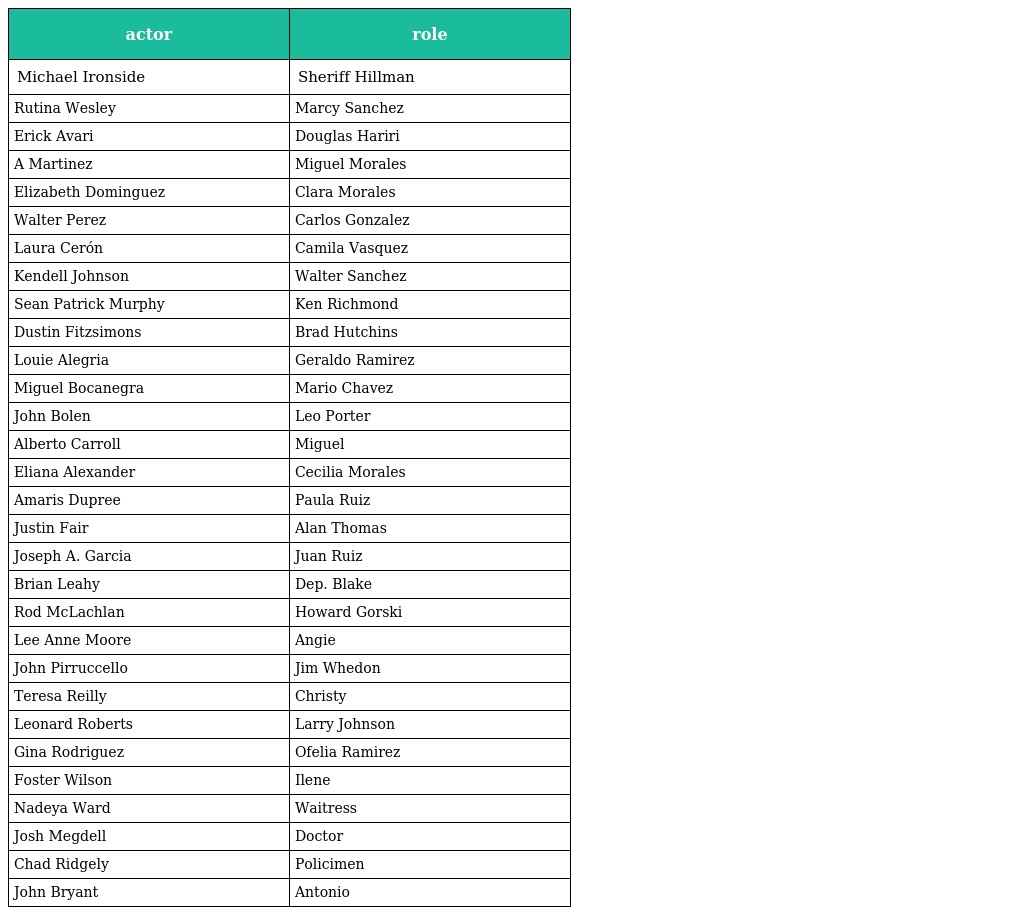
| actor | role |
 | --- | --- |
 | Michael Ironside | Sheriff Hillman |
 | Rutina Wesley | Marcy Sanchez |
 | Erick Avari | Douglas Hariri |
 | A Martinez | Miguel Morales |
 | Elizabeth Dominguez | Clara Morales |
 | Walter Perez | Carlos Gonzalez |
 | Laura Cerón | Camila Vasquez |
 | Kendell Johnson | Walter Sanchez |
 | Sean Patrick Murphy | Ken Richmond |
 | Dustin Fitzsimons | Brad Hutchins |
 | Louie Alegria | Geraldo Ramirez |
 | Miguel Bocanegra | Mario Chavez |
 | John Bolen | Leo Porter |
 | Alberto Carroll | Miguel |
 | Eliana Alexander | Cecilia Morales |
 | Amaris Dupree | Paula Ruiz |
 | Justin Fair | Alan Thomas |
 | Joseph A. Garcia | Juan Ruiz |
 | Brian Leahy | Dep. Blake |
 | Rod McLachlan | Howard Gorski |
 | Lee Anne Moore | Angie |
 | John Pirruccello | Jim Whedon |
 | Teresa Reilly | Christy |
 | Leonard Roberts | Larry Johnson |
 | Gina Rodriguez | Ofelia Ramirez |
 | Foster Wilson | Ilene |
 | Nadeya Ward | Waitress |
 | Josh Megdell | Doctor |
 | Chad Ridgely | Policimen |
 | John Bryant | Antonio |